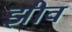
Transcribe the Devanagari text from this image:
झीव